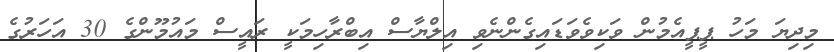
މިދިޔަ މަހު ޕީޕީއެމުން ވަކިވެވަޑައިގެންނެވި އިލްޔާސް އިބްރާހިމަކީ ރައީސް މައުމޫންގެ 30 އަހަރުގެ